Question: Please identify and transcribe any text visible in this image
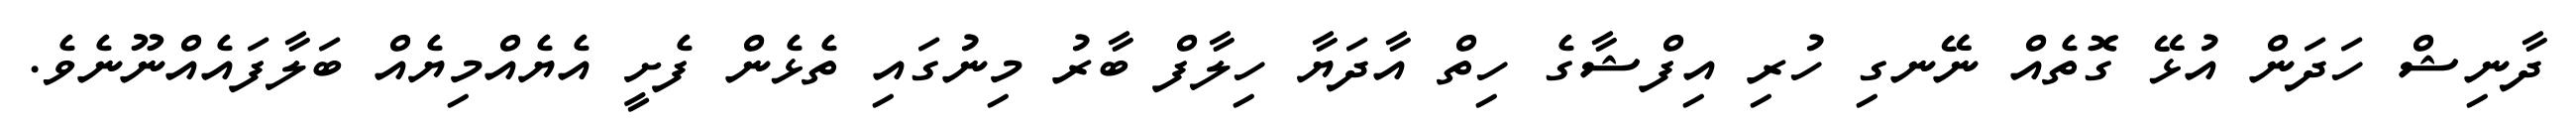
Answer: ދާނިޝް ހަދަން އުޅޭ ގޮތެއް ނޭނގި ހުރި އިފްޝާގެ ހިތް އާދަޔާ ހިލާފް ބާރު މިނުގައި ތެޅެން ފެށީ އެޔެއްމިޔެއް ބަލާފައެއްނޫނެވެ.